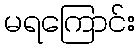
မရကြောင်း